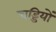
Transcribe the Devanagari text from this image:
चड्डियों